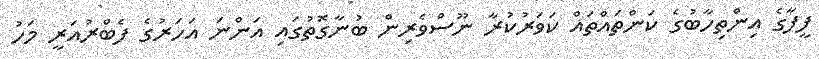
ފީފާގެ އިންތިހާބުގެ ކަންތައްތައް ކަވަރުކުރާ ނޫސްވެރިން ބުނާގޮތުގައި އަންނަ އަހަރުގެ ފެބްރުއަރީ މަހު